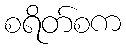
စရိတ်စက